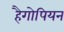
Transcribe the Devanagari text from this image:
हैगोपियन